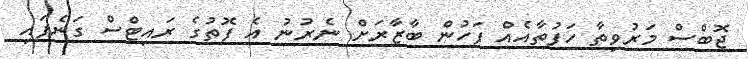
ޖޮބްސް މަރުވިތާ ހަފުތާއެއް ފަހުން ބާޒާރަށް ނެރުނު އެ ފޮތުގެ ރައިޓްސް ގަނެފައި